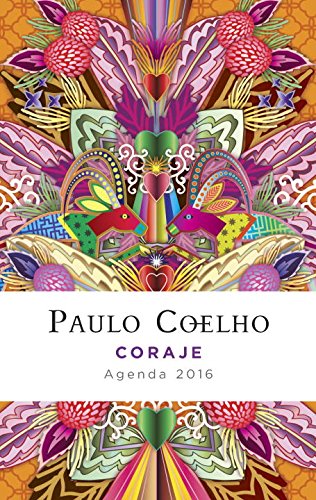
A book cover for Coraje: Agenda 2016 Paulo Coelho (Spanish Edition); Paulo Coelho; Reference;